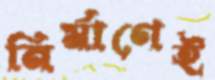
নির্মাণেই